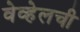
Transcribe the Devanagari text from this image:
वेव्हेलची